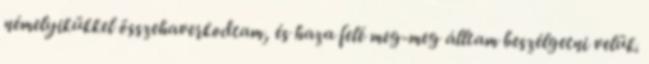
némelyikükkel összehaverkodtam, és haza felé meg-meg álltam beszélgetni velük.